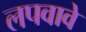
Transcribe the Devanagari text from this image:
लपवावे